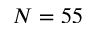
N = 5 5